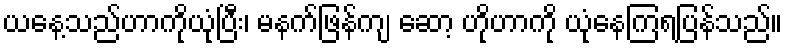
ယနေ့သည်ဟာကိုယုံပြီး၊ မနက်ဖြန်ကျ ဆော့ ဟိုဟာကို ယုံနေကြရပြန်သည်။